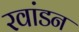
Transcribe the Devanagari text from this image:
रवांडन